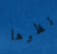
نظرها